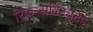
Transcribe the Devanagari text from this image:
रिकन्सटिट्यूटेड